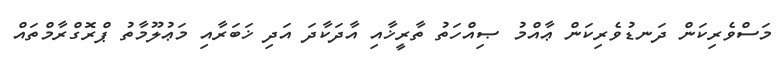
މަސްވެރިކަން ދަނޑުވެރިކަން ޢާއްމު ޞިއްހަތު ތާރީޚާއި އާދަކާދަ އަދި ޚަބަރާއި މަޢުލޫމާތު ޕްރޮގްރާމްތައް